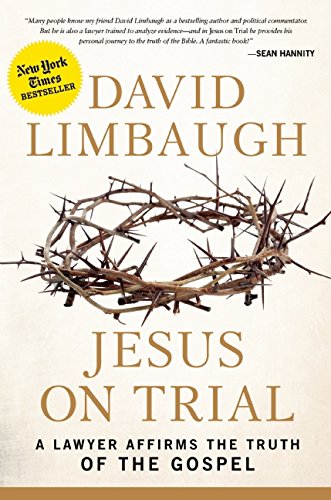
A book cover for Jesus on Trial: A Lawyer Affirms the Truth of the Gospel; David Limbaugh; Law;